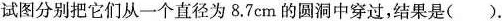
试图分别把它们从一个直径为8.7cm的圆洞中穿过，结果是( )。